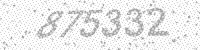
Solution: 875332